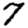
Digit: 7